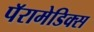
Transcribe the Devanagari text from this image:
पॅरामेडिक्स